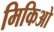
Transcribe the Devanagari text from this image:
मिकिओ